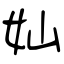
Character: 奾